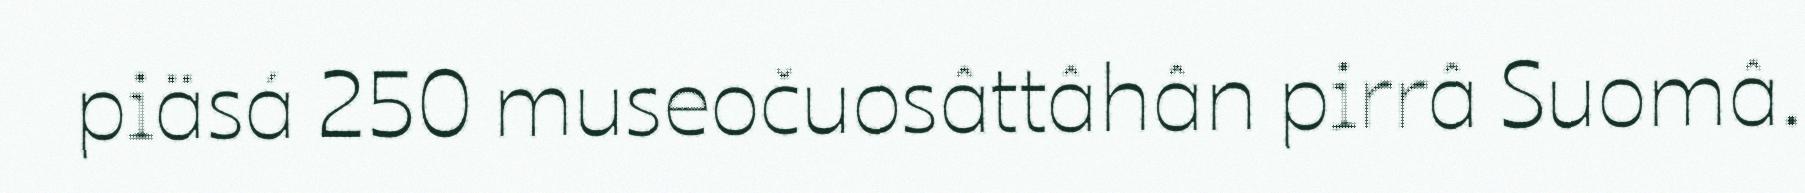
piäsá 250 museočuosâttâhân pirrâ Suomâ.